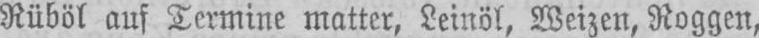
Rüböl auf Termine matter, Leinöl, Weizen, Roggen,